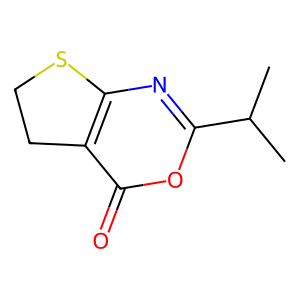
SMILES: CC(C)c1nc2c(c(=O)o1)CCS2
Inhibits HIV replication: No